Lock hospitals Punjab
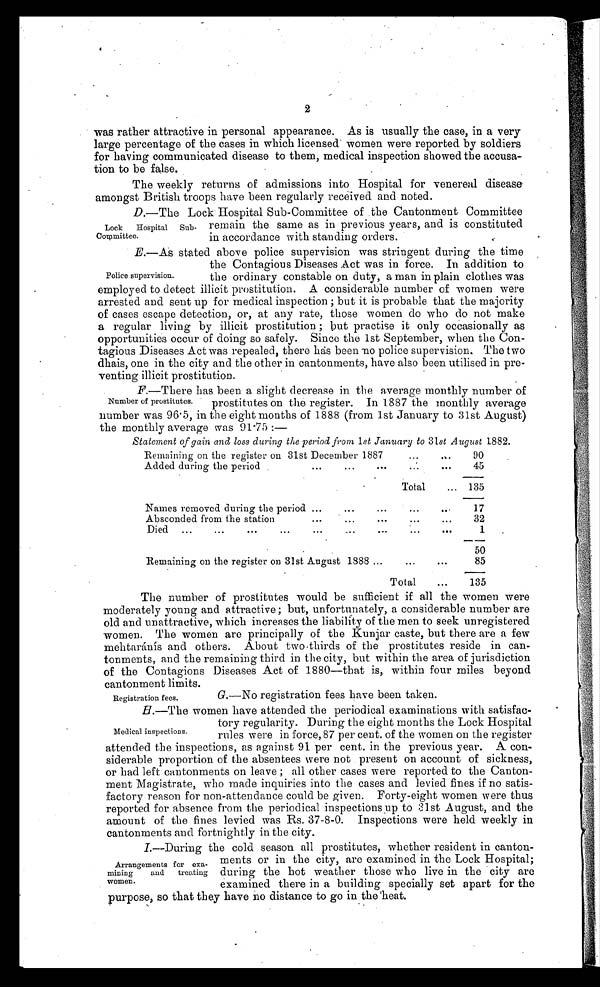
2
was rather attractive in personal appearance. As is usually the case, in a very
large percentage of the cases in which licensed' women were reported by soldiers
for having communicated disease to them, medical inspection showed the accusa-
tion to be false.
The weekly returns of admissions into Hospital for venereal disease.
amongst British troops have been regularly received and noted.
D.—The Lock Hospital Sub-Committee of the Cantonment Committee
remain the same as in previous years, and is constituted
in accordance with standing orders.
E.—As stated above police supervision was stringent during the time
the Contagious Diseases Act was in force. In addition to
the ordinary constable on duty, a man in plain clothes was
employed to detect illicit prostitution. A considerable number of women were
arrested and sent up for medical inspection ; but it is probable that the majority
of cases escape detection, or, at any rate, those women do who do not make
a regular living by illicit prostitution ; but practise it only occasionally as
opportunities occur of doing so safely. Since the 1st September, when the Con-
tagious Diseases Act was repealed, there has been -no police supervision. The two
dhais, one in the city and the other in cantonments, have also been utilised in pre--
venting illicit prostitution.
F.—There has been a slight decrease in the average monthly number of
prostitutes on the register. In 1887 the monthly average
number was 96.5, in the eight months of 1888 (from 1st January to 31st August)
the monthly average was 91.75 : —
Statement of gain and loss during the period from 1st January to 31st August 1882.
Remaining on the register on 31st December 188
. . .
. . .
9 0
Added during the period
...
. . .
. . .
45
Total
. . .
135
Names removed during the period
...
. . .
. . .
. . .
. . .
17
Absconded from the station
...
. . .
. . .
. . .
. . .
32
Died
... ... ... ... ...
. . .
. . .
. . .
. . .
1
50
Remaining on the register on 31st August 1888
. . .
...
. . .
85
Total
. . .
135
The number of prostitutes would be sufficient if all the women were
moderately young and attractive ; but, unfortunately, a considerable number are
old and unattractive, which increases the liability of the men to seek unregistered
women. The women are principally of the Kunjar caste, but there are a few
mehtaránís and others. About two-thirds of the prostitutes reside in can-
tonments, and the remaining third in the city, but within the area of jurisdiction
of the Contagions Diseases Act of 1880—that is, within four miles beyond
cantonment limits.
G.—No registration fees have been taken.
B.—The women have attended the periodical examinations with satisfac-
tory regularity. During the eight months the Lock Hospital
rules were in force, 87 per cent. of the women on the register
attended the inspections, as against 91 per cent. in the previous year. A con-
siderable proportion of the absentees were not present on account of sickness,
or had left cantonments on leave ; all other cases were reported to the Canton-
ment Magistrate, who made inquiries into the cases and levied fines if no satis-
factory reason for non-attendance could be given. Forty-eight women were thus
reported for absence from the periodical inspections up to 31st August, and the
amount of the fines levied was Rs. 37-8-0. Inspections were held weekly in
cantonments and fortnightly in the city.
I .—During the cold season all prostitutes, whether resident in canton-
ments or in the city, are examined in the Lock Hospital;
during the hot weather those who live in the city are
examined there in a building specially set apart for the
purpose, so that they have no distance to go in the heat.
Lock Hospital Sub-
Committee.
Police supervision.
Number of prostitutes.
Registration fees.
Medical inspections.
Arrangements for exa-
mining and treating
women.